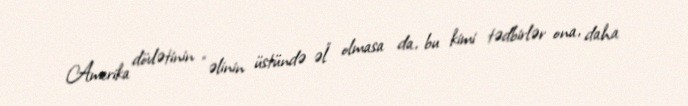
Amerika dövlətinin “əlinin üstündə əl” olmasa da, bu kimi tədbirlər ona, daha